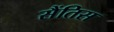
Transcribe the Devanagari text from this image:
सैंतिस